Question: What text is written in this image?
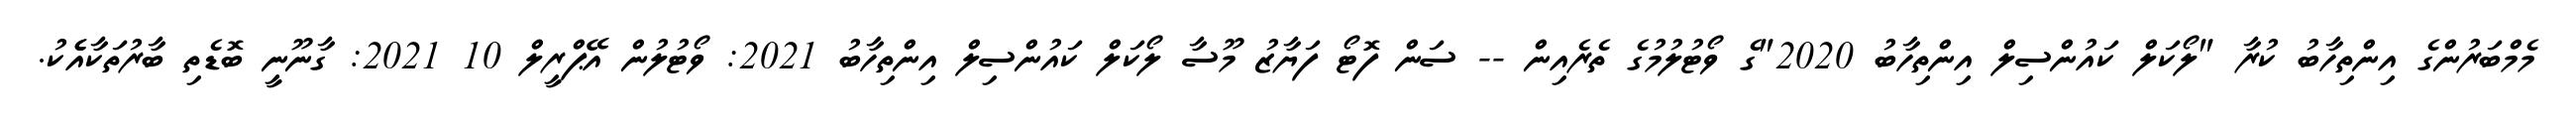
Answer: މެމްބަރުންގެ އިންތިހާބު ކުރާ "ލޯކަލް ކައުންސިލް އިންތިހާބު 2020"ގެ ވޯޓުލުމުގެ ތެރެއިން -- ސަން ފޮޓޯ ފަޔާޒު މޫސާ ލޯކަލް ކައުންސިލް އިންތިހާބު 2021: ވޯޓުލުން އޭޕްރީލް 10 2021: ގާނޫނީ ބޮޑެތި ބާރުތަކާއެެކު.